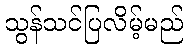
သွန်သင်ပြလိမ့်မည်